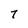
Character: 7